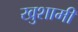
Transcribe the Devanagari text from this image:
खुशामी